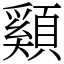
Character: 䫣